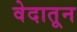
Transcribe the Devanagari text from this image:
वेदातून